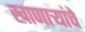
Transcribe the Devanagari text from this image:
खाणार्‍यांचे